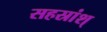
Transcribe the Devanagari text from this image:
सहस्रांश्